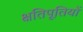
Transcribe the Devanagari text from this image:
क्षतिपूतियों